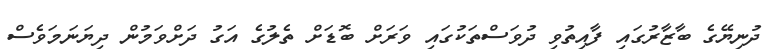
ދުނިޔޭގެ ބާޒާރުގައި ފާއިތުވި ދުވަސްތަކުގައި ވަރަށް ބޮޑަށް ތެލުގެ އަގު ދަށްވަމުން ދިޔަނަމަވެސް